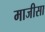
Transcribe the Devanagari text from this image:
माजीसा